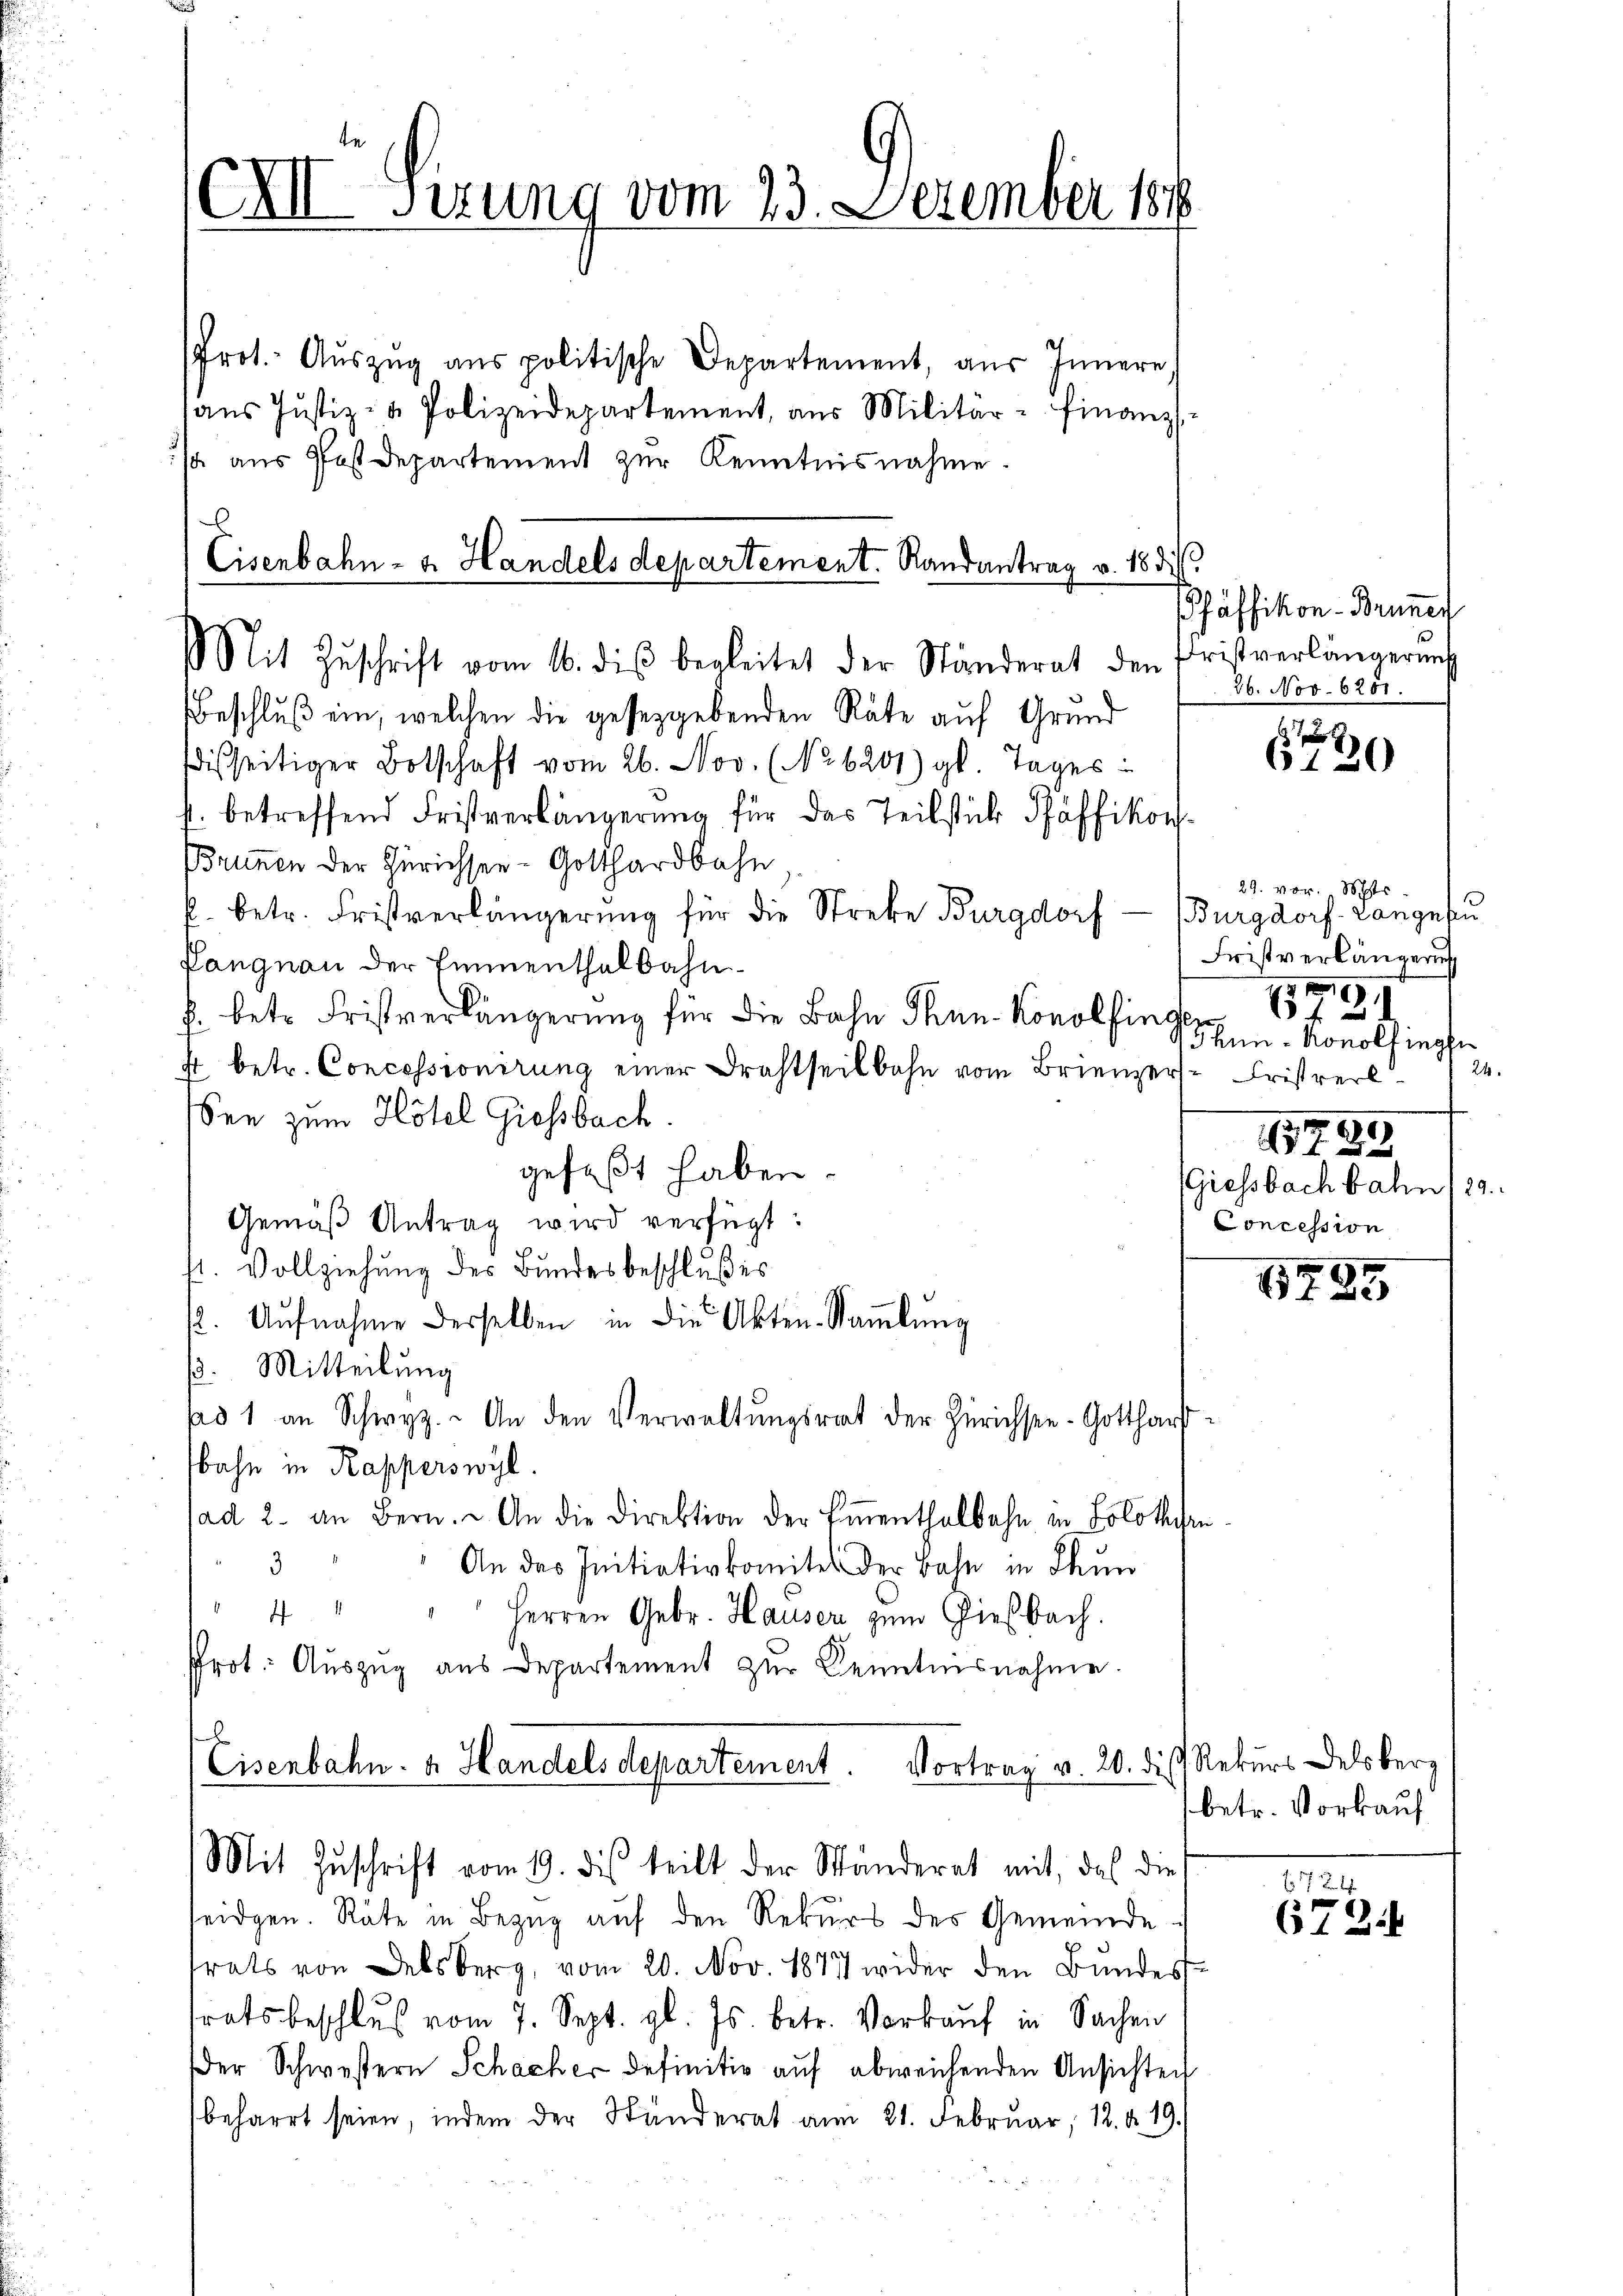
Prot. Aŭszŭg aŭs politische Departement, aŭs Innern,
aŭs Justiz- & Polizeidepartement, aus Militär-Finanz
Ja aus Postdepartement zur Kenntnisnahme

XXII Sizung vom 23. Dezember 184

.
Cisenbahn- u. Handels departement. Randantrag v. 18 di
Mit Zŭschrift vom 16. diβ begleitet der Ständerat den Fristverlängerŭng

Beschluß ein, welchen die gesetzgebenden Räte auf Grund
wisseitiger Botschaft vom 26. Nov. (No 6201) gl. Tages
s. betreffend Fristverlängerung für das Teilstück Pfäffikon
Brunnen der Zürichsen - Gotthardbahn
f. betr. Fristverlängerŭng für die Streke Burgdorf - (Burgdorf Langesu
Langnau der Einenthalbahnf. betr. Fristverlängerung für die Bahn Thun- Konolfingen
f betr. Concessionirung einer Drahtseitbahn vom Brienzer-Cristverl
See zum Hôtel Giesbach.
gefaßt haben.
Gemäß Antrag wird verfügt:
st. Vollziehung des Bundesbeschlußes
. Aŭfnahme derselben in die Akten-Saṁlŭng
. Mitteilung
pad 1 an Schwyz. An den Verwaltungsrat der Zürichsee-Gotthar
bahn in Kapperswyl.
sad 2. an Bern. An die Direktion der Eṁenthalbahn in Soloth

An des Initiativkomites der Bahn in Fun
"4 " " " Herren Gebr. Hauser zum Giesbach.
Prot. Auszug aus Departement zŭr Kenntnisnahme.
b

Cisenbahn- & Handels departement. Vortrag v. 20. die Rekurs Delsberg
Mit Zŭschrift vom 19. des teilt der Wänderat mit, daß die

eidgen. Räte in Bezug auf den Rekurs des Gemeinde
trats von Delsberg, vom 20. Nov. 1877 wider den Bundes
trats beschlŭβ vom 7. Sept. gl. Js. betr. Verkaŭf in Sachen
er Schwestern Schacher definitiv auf abweichenden Ansichten
beharrt seien, indem der Ständerat am 21. Februar, 12. d. 19.

Pfäffikon - Bruner
26. Nov. 6251.

x
6130

29. vor. Schr
Fristverlängerung
.
6
Ihnn - Ronolfingen
24.
0
12
Giessbach bahn 180.
Concession

1795

betr. Vorkauf

124

612